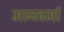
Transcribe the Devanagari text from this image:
मानवर्मा